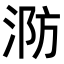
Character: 𭰤